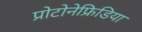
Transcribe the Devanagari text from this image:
प्रोटोनेफ्रिडिया